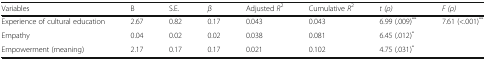
<table><thead><tr><td><b>Variables</b></td><td><b>B</b></td><td><b>S.E.</b></td><td><b><i>β</i></b></td><td><b>Adjusted <i>R</i><sup>2</sup></b></td><td><b>Cumulative <i>R</i><sup>2</sup></b></td><td><b><i>t (ρ)</i></b></td><td><b><i>F (ρ)</i></b></td></tr></thead><tbody><tr><td>Experience of cultural education</td><td>2.67</td><td>0.82</td><td>0.17</td><td>0.043</td><td>0.043</td><td>6.99 (.009)<sup>**</sup></td><td rowspan="3">7.61 (&lt;.001)<sup>**</sup></td></tr><tr><td>Empathy</td><td>0.04</td><td>0.02</td><td>0.02</td><td>0.038</td><td>0.081</td><td>6.45 (.012)<sup>*</sup></td></tr><tr><td>Empowerment (meaning)</td><td>2.17</td><td>0.17</td><td>0.17</td><td>0.021</td><td>0.102</td><td>4.75 (.031)<sup>*</sup></td></tr></tbody></table>